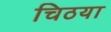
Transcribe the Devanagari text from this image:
चिठया